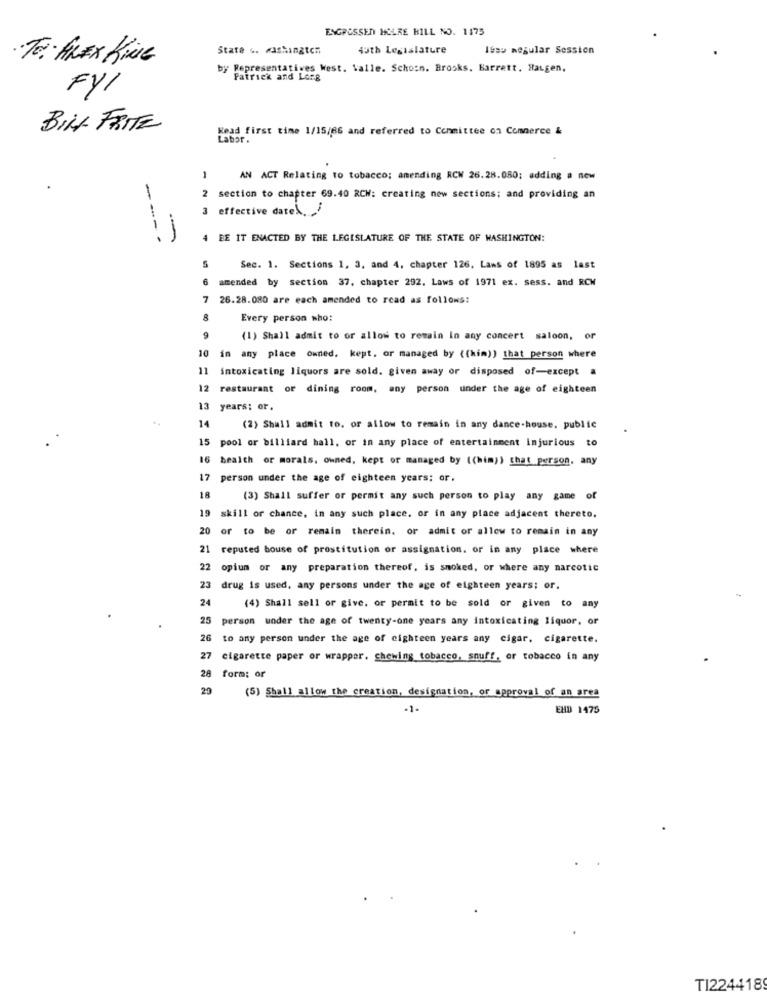
ENGRÜSSEN HOLRE BILL NO. 1175
State .. washington
43th Legislature
Issu megular Session
TE: ALEX KiNE
by Representatives West. Valle. Schoon. Brooks. Barrett. Haugen,
Patrick and Long
FYI
BILL FRITE
Read first time 1/15/86 and referred to Committee on Commerce &
AN ACT Relating to tobacco; amending RCW 26.28.080; adding a new
2
section to chapter 69.40 RCW: creating new sections; and providing an
3 effective date".
---
. .
-
4 BE IT ENACTED BY THE LEGISLATURE OF THE STATE OF WASHINGTON:
S
Sec. 1. Sections 1, 3, and 4, chapter 126, Lans of 1895 as last
6
amended by section 37. chapter 292. Laws of 1971 ex. sess. and RCW
7
26.28.080 are each amended to read as follows:
8
Every person who:
9
(1) Shall admit to or allow to remain In any concert saloon, or
10
in any place owned. kept. or managed by ((him)) that person where
11 intoxicating liquors are sold. given away or disposed of-except a
12 restaurant or dining room, any person under the age of eighteen
13 years: or.
14
(2) Shall admit to. or allow to remain in any dance-house. public
15
pool or billiard ball, or in any place of entertainment injurious to
16 health or morals. owned, kept or managed by ((him)) that person. any
person under the age of eighteen years: or.
18
(3) Shall suffer or permit any such person to play any game of
skill or chance, in any such place, or in any place adjacent thereto.
20 or to be or remain therein. or admit or allow to remain in any
21 reputed bouse of prostitution or assignation. or in any place where
22 opium or any preparation thereof, is smoked, or where any narcotic
3 drug is used, any persons under the age of eighteen years; or.
24
(4) Shall sell or give, or permit to be sold or given to any
25
person under the age of twenty-one years any intoxicating liquor, or
26
to any person under the age of eighteen years any cigar. cigarette.
27 cigarette paper or wrapper. chewing tobacco, snuff, or tobacco in any
28
form: or
20
(5) Shall allow the creation, designation, or approval of an area
-1-
EHD 1475
TI224418